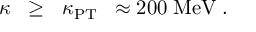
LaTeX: \kappa \; \; \ge \; \; \kappa _ { \mathrm { P T } } \; \; \approx 2 0 0 \; \mathrm { M e V } \; .